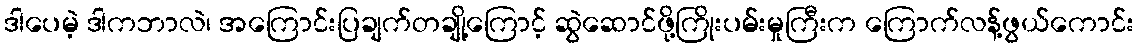
ဒါပေမဲ့ ဒါကဘာလဲ၊ အကြောင်းပြချက်တချို့ကြောင့် ဆွဲဆောင်ဖို့ကြိုးပမ်းမှုကြီးက ကြောက်လန့်ဖွယ်ကောင်း